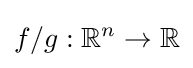
f/g:\mathbb {R} ^{n}\to \mathbb {R}